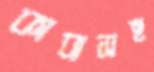
কাব্যসহ